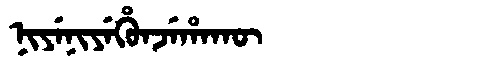
Manchu: ᠨᡳᠶᡝᠨᡳᠶᡝᡥᡠᠨᠵᡝᡥᠠᡴᡡ
Romanization: NIYENIYEHUNJEHAKŪ